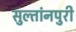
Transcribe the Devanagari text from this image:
सुल्तांनपुरी